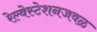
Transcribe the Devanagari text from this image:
रेल्वेस्टेशनजवळ